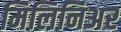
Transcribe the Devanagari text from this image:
मिलिनिअर